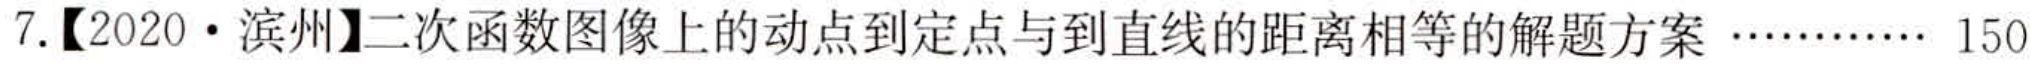
7.【2020·滨州】二次函数图像上的动点到定点与到直线的距离相等的解题方案………… 150